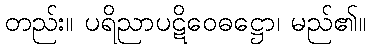
တည်း။ ပရိညာပဋိဝေဓဋ္ဌော၊ မည်၏။